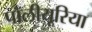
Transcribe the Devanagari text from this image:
पॉलीयूरिया